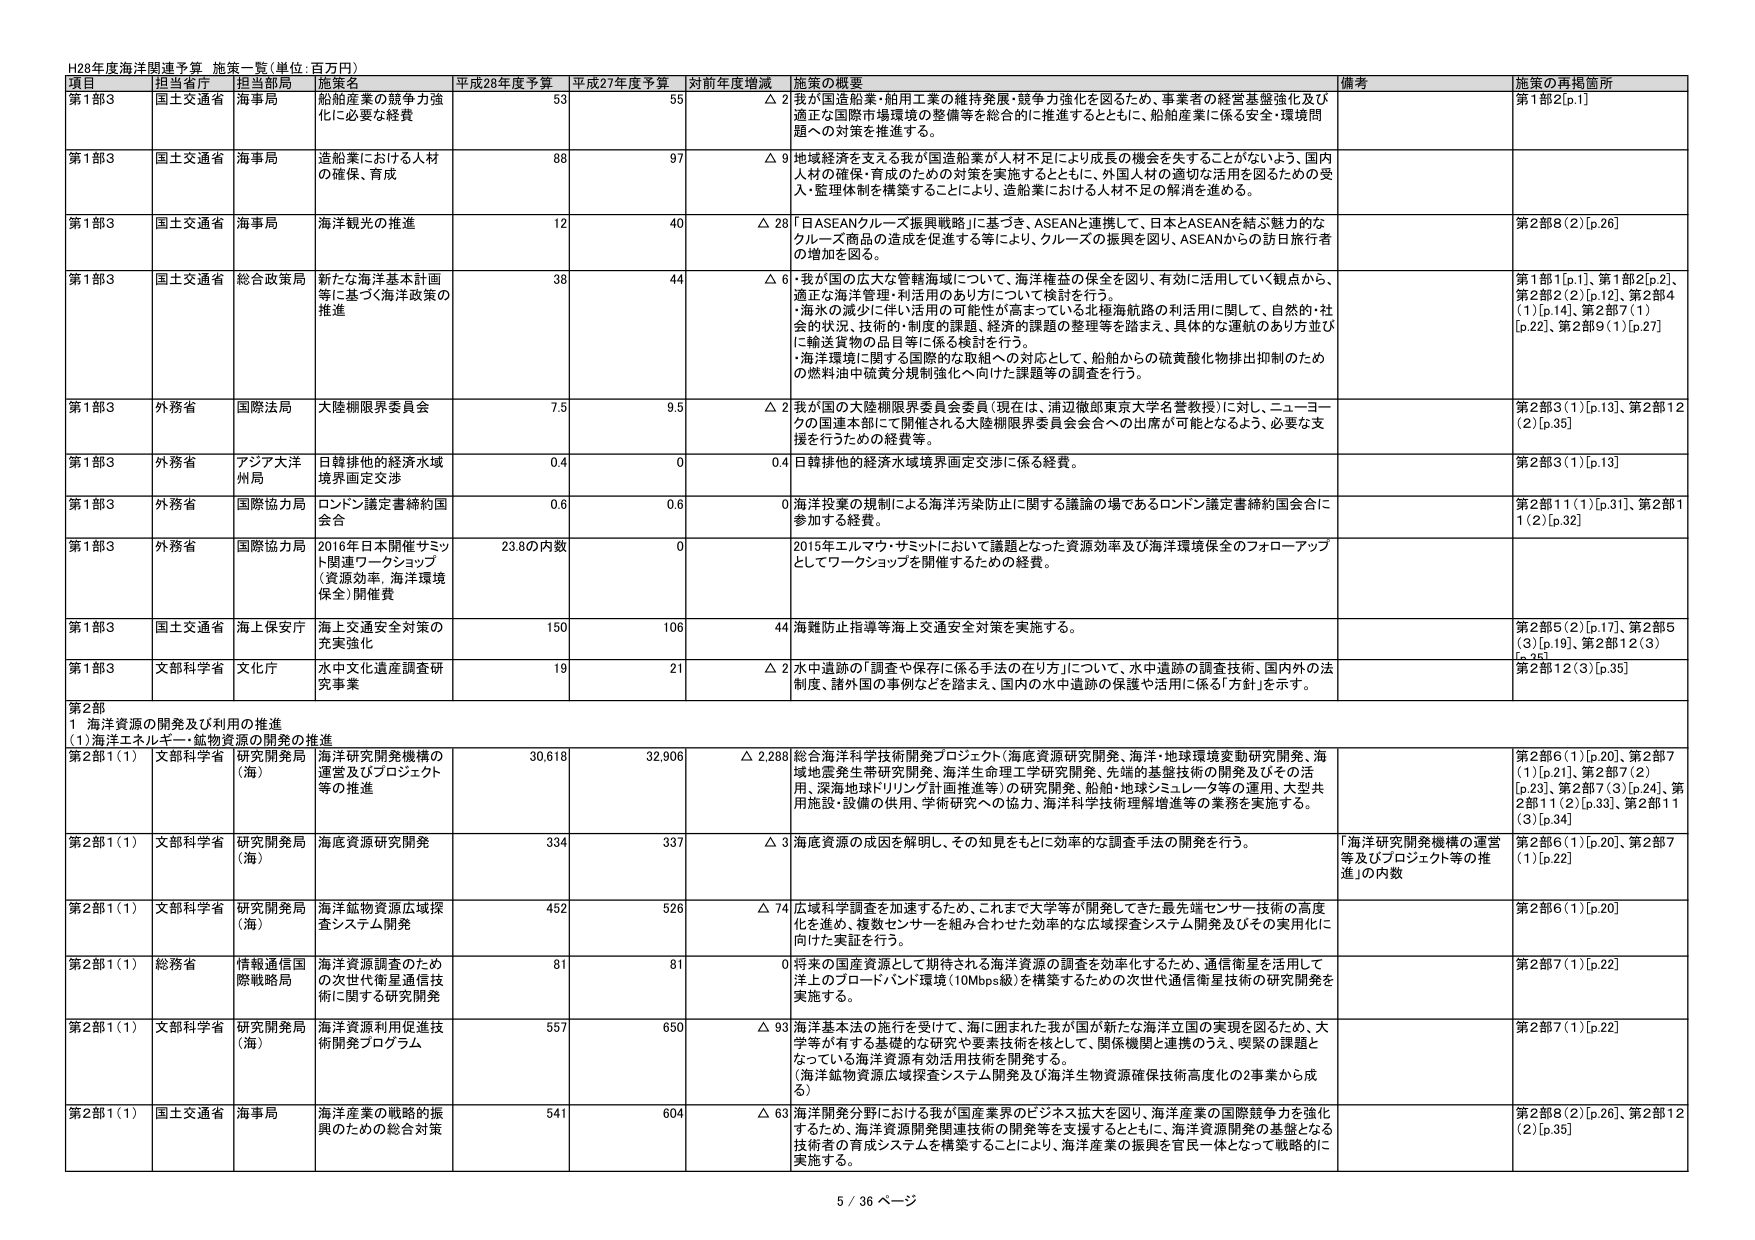
H28年度海洋関連予算 施策一覧（単位：百万円）

項目 担当省庁 担当部局 施策名 平成28年度予算 平成27年度予算 対前年度増減 施策の概要 備考 施策の再掲箇所

第1部3 国土交通省 海事局 船舶産業の競争力強化に必要な経費 53 55 △ 2 我が国造船業・舶用工業の維持発展・競争力強化を図るため、事業者の経営基盤強化及び適正な国際市場環境の整備等を総合的に推進するとともに、船舶産業に係る安全・環境問題への対策を推進する。 第1部2[p.1]

第1部3 国土交通省 海事局 造船業における人材の確保、育成 88 97 △ 9 地域経済を支える我が国造船業が人材不足により成長の機会を失することがないよう、国内人材の確保・育成のための対策を実施するとともに、外国人材の適切な活用を図るための受入・監理体制を構築することにより、造船業における人材不足の解消を進める。

第1部3 国土交通省 海事局 海洋観光の推進 12 40 △ 28 「日ASEANクルーズ振興戦略」に基づき、ASEANと連携して、日本とASEANを結ぶ魅力的なクルーズ商品の造成を促進する等により、クルーズの振興を図り、ASEANからの訪日旅行者の増加を図る。 第2部8（2）[p.26]

第1部3 国土交通省 総合政策局 新たな海洋基本計画等に基づく海洋政策の推進 38 44 △ 6 ・我が国の広大な管轄海域について、海洋権益の保全を図り、有効に活用していく観点から、適正な海洋管理・利活用のあり方について検討を行う。 ・海水の減少に伴い活用の可能性が高まっている北極海航路の利活用に関して、自然的・社会的状況、技術的・制度的課題、経済的課題の整理等を踏まえ、具体的な運航のあり方並びに輸送貨物の品目等に係る検討を行う。 ・海洋環境に関する国際的な取組への対応として、船舶からの硫黄酸化物排出抑制のための燃料油中硫黄分規制強化へ向けた課題等の調査を行う。 第1部1[p.1]、第1部2[p.2]、第2部2（2）[p.12]、第2部4（1）[p.14]、第2部7（1）[p.22]、第2部9（1）[p.27]

第1部3 外務省 国際法局 大陸棚限界委員会 7.5 9.5 △ 2 我が国の大陸棚限界委員会委員（現在は、浦辺徹郎東京大学名誉教授）に対し、ニューヨークの国連本部にて開催される大陸棚限界委員会全会への出席が可能となるよう、必要な支援を行うための経費等。 第2部3（1）[p.13]、第2部12（2）[p.35]

第1部3 外務省 アジア大洋州局 日韓排他的経済水域境界画定交渉 0.4 0 0.4 日韓排他的経済水域境界画定交渉に係る経費。 第2部3（1）[p.13]

第1部3 外務省 国際協力局 ロンドン議定書締約国会合 0.6 0.6 0 海洋投棄の規制による海洋汚染防止に関する議論の場であるロンドン議定書締約国会合に参加する経費。 第2部11（1）[p.31]、第2部11（2）[p.32]

第1部3 外務省 国際協力局 2016年日本開催サミット関連ワークショップ（資源効率・海洋環境保全）開催費 23.8の内数 0 2015年エルマヤ・サミットにおいて議題となった資源効率及び海洋環境保全のフォローアップとしてワークショップを開催するための経費。

第1部3 国土交通省 海上保安庁 海上交通安全対策の充実強化 150 106 44 海難防止指導等海上交通安全対策を実施する。 第2部5（2）[p.17]、第2部5（3）[p.19]、第2部12（3）[p.35]

第1部3 文部科学省 文化庁 水中文化遺産調査研究事業 19 21 △ 2 水中遺跡の「調査や保存に係る手法の在り方」について、水中遺跡の調査技術、国内外の法制度、諸外国の事例などを踏まえ、国内の水中遺跡の保護や活用に係る「方針」を示す。 第2部12（3）[p.35]

第2部 1 海洋資源の開発及び利用の推進 （1）海洋エネルギー・鉱物資源の開発の推進

第2部1（1） 文部科学省 研究開発局（海） 海洋研究開発機構の運営及びプロジェクト等の推進 30,618 32,906 △ 2,288 総合海洋科学技術開発プロジェクト（海底資源研究開発、海洋・地球環境変動研究開発、海域地震発生帯研究開発、海洋生命理工学研究開発、先端的基盤技術の開発及びその活用、深海地球ドリリング計画推進等）の研究開発、船舶・地球シミュレータ等の運用、大型共用施設・設備の供用、学術研究への協力、海洋科学技術理解増進等の業務を実施する。 第2部6（1）[p.20]、第2部7（1）[p.21]、第2部7（2）[p.23]、第2部7（3）[p.24]、第2部11（2）[p.33]、第2部11（3）[p.34]

第2部1（1） 文部科学省 研究開発局（海） 海底資源研究開発 334 337 △ 3 海底資源の成因を解明し、その知見をもとに効率的な調査手法の開発を行う。 「海洋研究開発機構の運営等及びプロジェクト等の推進」の内数 第2部6（1）[p.20]、第2部7（1）[p.22]

第2部1（1） 文部科学省 研究開発局（海） 海洋鉱物資源広域探査システム開発 452 526 △ 74 広域科学調査を加速するため、これまで大学等が開発してきた最先端センサー技術の高度化を進め、複数センサーを組み合わせた効率的な広域探査システム開発及びその実用化に向けた実証を行う。 第2部6（1）[p.20]

第2部1（1） 総務省 情報通信国際戦略局 海洋資源調査のための次世代衛星通信技術に関する研究開発 81 81 0 将来の国産資源として期待される海洋資源の調査を効率化するため、通信衛星を活用して洋上のプロードバンド環境（10Mbps級）を構築するための次世代通信衛星技術の研究開発を実施する。 第2部7（1）[p.22]

第2部1（1） 文部科学省 研究開発局（海） 海洋資源利用促進技術開発プログラム 557 650 △ 93 海洋基本法の施行を受けて、海に囲まれた我が国が新たな海洋立国の実現を図るため、大学等が有する基礎的な研究や要素技術を核として、関係機関と連携のうえ、喫緊の課題となっている海洋資源有効活用技術を開発する。 （海洋鉱物資源広域探査システム開発及び海洋生物資源確保技術高度化の2事業から成る） 第2部7（1）[p.22]

第2部1（1） 国土交通省 海事局 海洋産業の戦略的振興のための総合対策 541 604 △ 63 海洋開発分野における我が国産業界のビジネス拡大を図り、海洋産業の国際競争力を強化するため、海洋資源開発関連技術の開発等を支援するとともに、海洋資源開発の基盤となる技術者の育成システムを構築することにより、海洋産業の振興を官民一体となって戦略的に実施する。 第2部8（2）[p.26]、第2部12（2）[p.35]

5 / 36 ページ